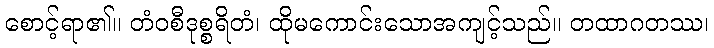
စောင့်ရာ၏။ တံဝစီဒုစ္စရိတံ၊ ထိုမကောင်းသောအကျင့်သည်။ တထာဂတဿ၊